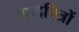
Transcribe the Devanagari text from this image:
शब्दचित्रों